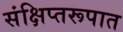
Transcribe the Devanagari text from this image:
संक्षिप्तरूपात